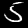
Digit: 5